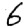
Digit: 6